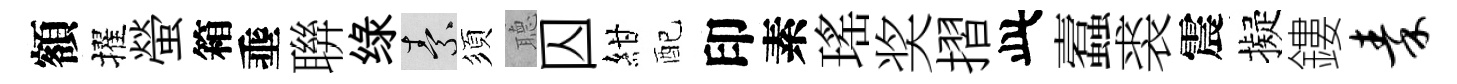
額擢螢箱埀聨绿素須𦗟囚紺配印素瑤奖摺此蠧裘震擬鏤秦